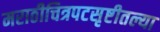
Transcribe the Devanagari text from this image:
मराठीचित्रपटसृष्टीतल्या